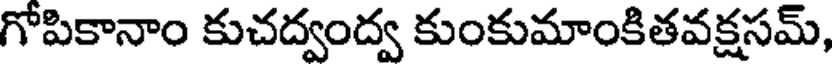
గోపికానాం కుచద్వంద్వ కుంకుమాంకితవక్షసమ్,